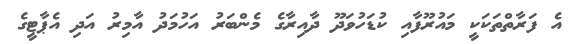
އެ ފަރާތްތަކަކީ މައުރޫފާއި ކުޑަހުވަދޫ ދާއިރާގެ މެންބަރު އަހުމަދު އާމިރު އަދި އެޕާޓީގެ